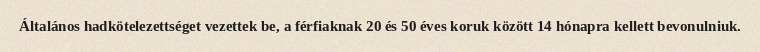
Általános hadkötelezettséget vezettek be, a férfiaknak 20 és 50 éves koruk között 14 hónapra kellett bevonulniuk.